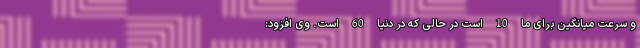
و سرعت میانگین برای ما 10 است در حالی که در دنیا 60 است. وی افزود: